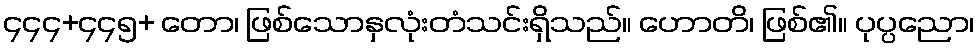
၄၄၄+၄၄၅+ တော၊ ဖြစ်သောနှလုံးတံသင်းရှိသည်။ ဟောတိ၊ ဖြစ်၏။ ပုပ္ပညော၊